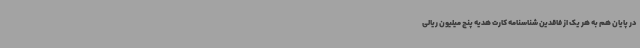
در پایان هم به هر یک از فاقدین شناسنامه کارت هدیه پنج میلیون ریالی